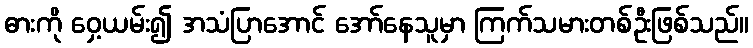
ဓားကို ဝှေ့ယမ်း၍ အသံပြာအောင် အော်နေသူမှာ ကြက်သမားတစ်ဦးဖြစ်သည်။